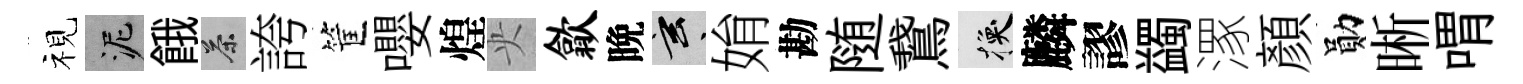
视泥餓茶誇筐嚶煌央歙晩玄姢勘随鵞换麟謬蠲潈顔勛晰喟